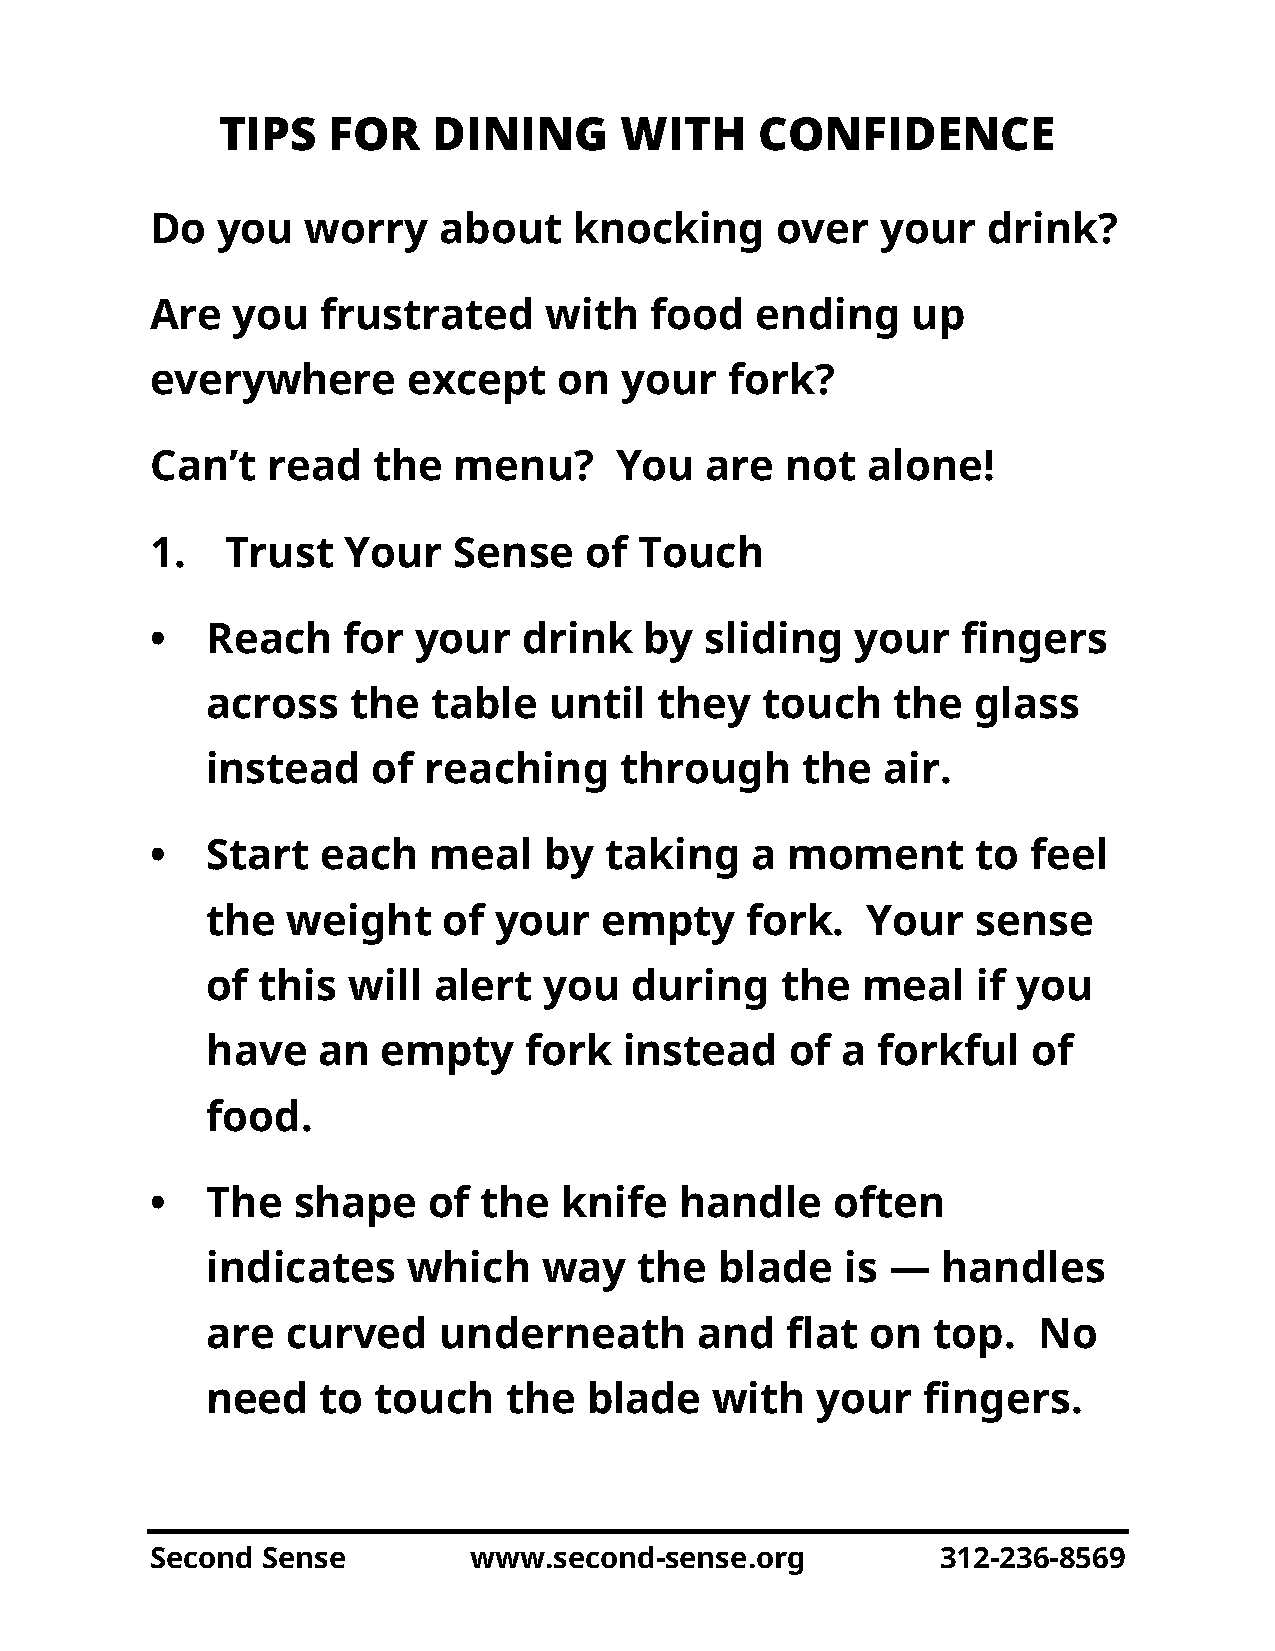
TIPS    FOR    DINING      WITH     CONFIDENCE
 Do  you   worry    about    knocking     over   your   drink?
 Are  you   frustrated     with   food   ending    up
 everywhere       except    on  your   fork?
 Can’t   read   the  menu?      You   are  not  alone!
 1.   Trust   Your   Sense    of Touch
 •   Reach    for your    drink   by  sliding   your   fingers
 across   the   table  until   they  touch    the  glass
 instead    of reaching     through     the  air.
 •   Start  each   meal    by  taking    a moment       to feel
 the  weight    of  your   empty    fork.   Your    sense
 of this  will  alert  you   during    the  meal    if you
 have   an  empty     fork  instead    of  a forkful   of
 food.
 •   The  shape    of  the  knife   handle    often
 indicates    which    way   the   blade   is —  handles
 are  curved    underneath       and   flat  on  top.   No
 need   to  touch   the   blade   with   your   fingers.
 Second Sense         www.second-sense.org           312-236-8569